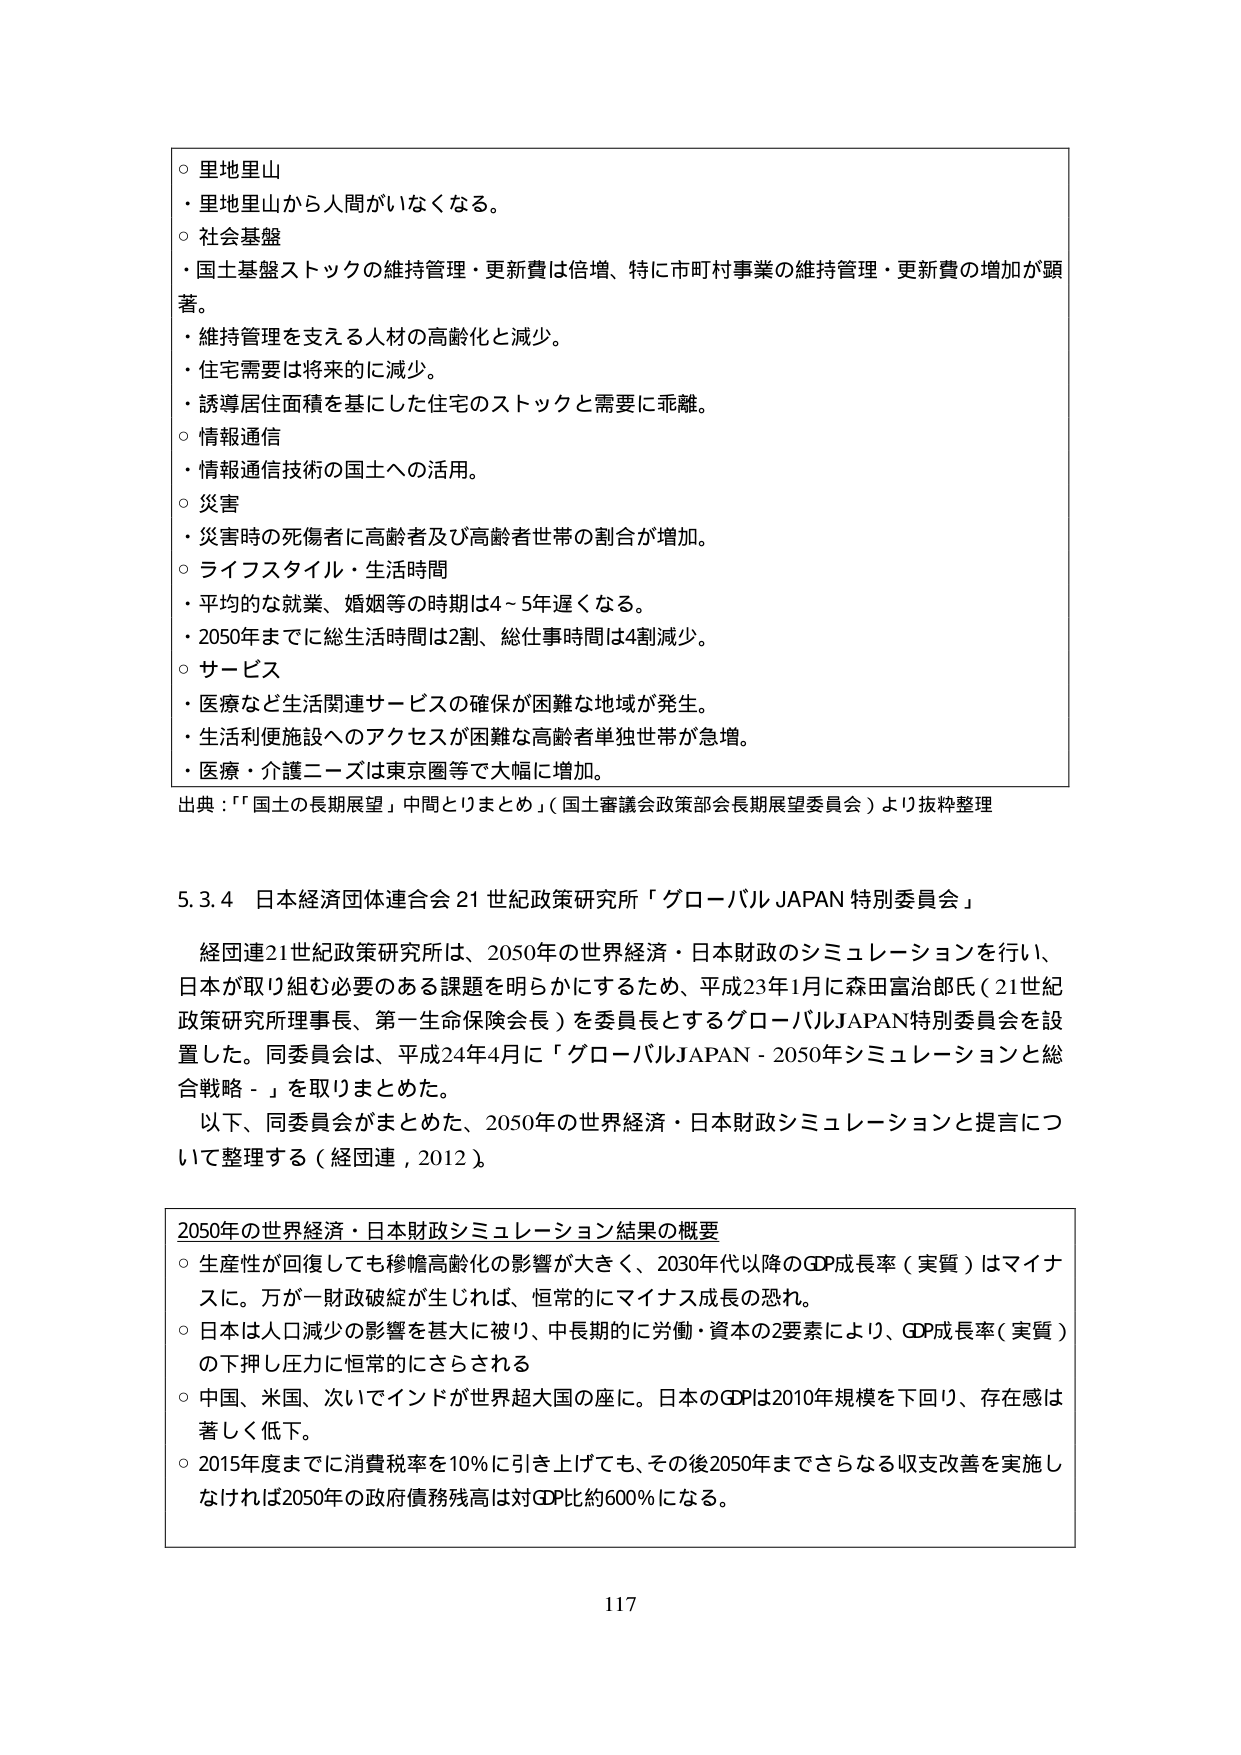
○ 里地里山
・里地里山から人間がいなくなる。

○ 社会基盤
・国土基盤ストックの維持管理・更新費は倍増、特に市町村事業の維持管理・更新費の増加が顕著。
・維持管理を支える人材の高齢化と減少。
・住宅需要は将来的に減少。
・誘導居住面積を基にした住宅のストックと需要に乖離。

○ 情報通信
・情報通信技術の国土への活用。

○ 災害
・災害時の死傷者に高齢者及び高齢者世帯の割合が増加。

○ ライフスタイル・生活時間
・平均的な就業、婚姻等の時期は4～5年遅くなる。
・2050年までに総生活時間は2割、総仕事時間は4割減少。

○ サービス
・医療など生活関連サービスの確保が困難な地域が発生。
・生活利便施設へのアクセスが困難な高齢者単独世帯が急増。
・医療・介護ニーズは東京圏等で大幅に増加。

出典：「国土の長期展望」中間とりまとめ（国土審議会政策部会長期展望委員会）より抜粋整理

5.3.4 日本経済団体連合会 21世紀政策研究所「グローバルJAPAN特別委員会」

経団連21世紀政策研究所は、2050年の世界経済・日本財政のシミュレーションを行い、日本が取り組む必要のある課題を明らかにするため、平成23年1月に森田富治郎氏（21世紀政策研究所理事長、第一生命保険会長）を委員長とするグローバルJAPAN特別委員会を設置した。同委員会は、平成24年4月に「グローバルJAPAN - 2050年シミュレーションと総合戦略 -」を取りまとめた。
以下、同委員会がまとめた、2050年の世界経済・日本財政シミュレーションと提言について整理する（経団連，2012）。

2050年の世界経済・日本財政シミュレーション結果の概要
○ 生産性が回復しても穏やかな高齢化の影響が大きく、2030年代以降のGDP成長率（実質）はマイナスに。万が一財政破綻が生じれば、恒常的にマイナス成長の恐れ。
○ 日本は人口減少の影響を甚大に被り、中長期的に労働・資本の2要素により、GDP成長率（実質）の下押し圧力に恒常的にさらされる
○ 中国、米国、次いでインドが世界超大国の座に。日本のGDPは2010年規模を下回り、存在感は著しく低下。
○ 2015年度までに消費税率を10％に引き上げても、その後2050年までさらなる収支改善を実施しなければ2050年の政府債務残高は対GDP比約600％になる。

117